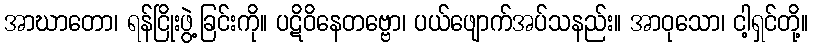
အာဃာတော၊ ရန်ငြိုးဖွဲ့ခြင်းကို။ ပဋိဝိနေတဗ္ဗော၊ ပယ်ဖျောက်အပ်သနည်း။ အာဝုသော၊ ငါ့ရှင်တို့။